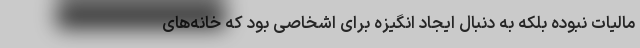
مالیات نبوده بلکه به دنبال ایجاد انگیزه برای اشخاصی بود که خانه‌های